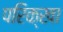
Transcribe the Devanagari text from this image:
परिक्खा